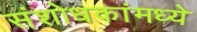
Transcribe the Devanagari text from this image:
संशोधकांमध्ये